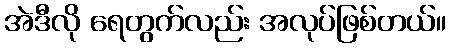
အဲဒီလို ရေတွက်လည်း အလုပ်ဖြစ်တယ်။